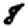
Digit: 8